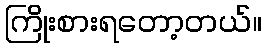
ကြိုးစားရတော့တယ်။